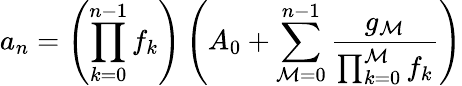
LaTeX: a_{n}=\left(\prod_{k=0}^{n-1}f_{k}\right)\left(A_{0}+\sum_{\mathcal{M}=0}^{n-1}{\frac{{g_{\mathcal{M}}}}{{\prod_{k=0}^{\mathcal{M}}f_{k}}}}\right)